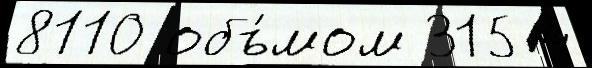
8110 объ́мом 315 4